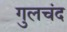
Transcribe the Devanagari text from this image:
गुलचंद